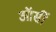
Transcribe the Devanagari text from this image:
ऑर्सी